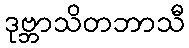
ဒုဗ္ဘာသိတဘာသီ